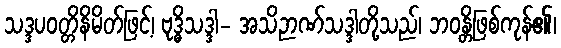
သဒ္ဒပဝတ္တိနိမိတ်ဖြင့်၊ ဗုဒ္ဓိသဒ္ဒါ- အသိဉာဏ်သဒ္ဒါတို့သည်၊ ဘဝန္တိဖြစ်ကုန်၏၊